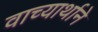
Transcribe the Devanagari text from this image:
वाच्यार्थाने